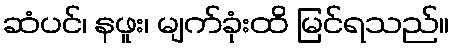
ဆံပင်၊ နဖူး၊ မျက်ခုံးထိ မြင်ရသည်။